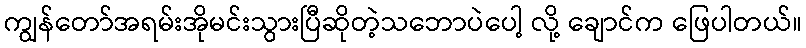
ကျွန်တော်အရမ်းအိုမင်းသွားပြီဆိုတဲ့သဘောပဲပေါ့ လို့ ချောင်က ဖြေပါတယ်။